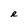
Character: e